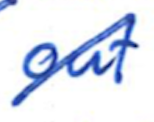
Text: out
Cross-out: diagonal
Writing tool: ballpoint